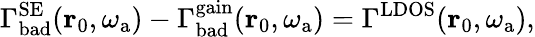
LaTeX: \Gamma_{\mathrm{bad}}^{\mathrm{SE}}(\mathbf{r}_{0},\omega_{\mathrm{a}})-\Gamma_{\mathrm{bad}}^{\mathrm{gain}}(\mathbf{r}_{0},\omega_{\mathrm{a}})=\Gamma^{\mathrm{LDOS}}(\mathbf{r}_{0},\omega_{\mathrm{a}}),